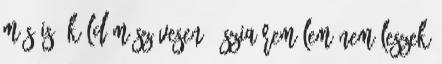
más is, küldöm szívesen : Szia remélem nem leszek